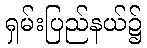
ရှမ်းပြည်နယ်၌